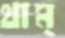
থাম্